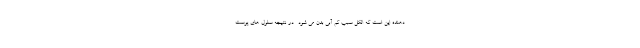
دهنده این است که الکل سبب کم آبی بدن می شود . در نتیجه سلول های پوست